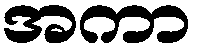
အကာ